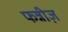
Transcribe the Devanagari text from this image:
फन्नीज़